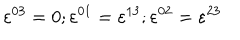
LaTeX: \varepsilon ^ { 0 3 } = 0 ; \varepsilon ^ { 0 1 } = \varepsilon ^ { 1 3 } ; \varepsilon ^ { 0 2 } = \varepsilon ^ { 2 3 }